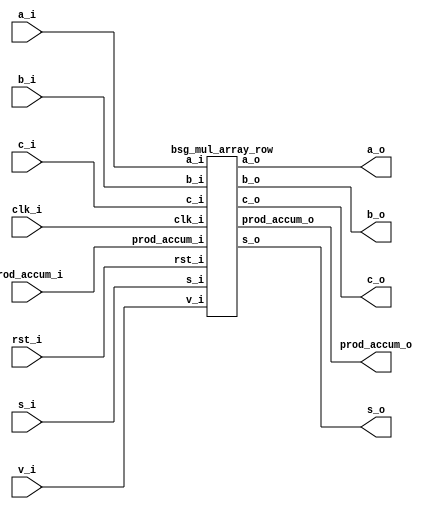


module top
(
  clk_i,
  rst_i,
  v_i,
  a_i,
  b_i,
  s_i,
  c_i,
  prod_accum_i,
  a_o,
  b_o,
  s_o,
  c_o,
  prod_accum_o
);

  input [127:0] a_i;
  input [127:0] b_i;
  input [127:0] s_i;
  input [0:0] prod_accum_i;
  output [127:0] a_o;
  output [127:0] b_o;
  output [127:0] s_o;
  output [1:0] prod_accum_o;
  input clk_i;
  input rst_i;
  input v_i;
  input c_i;
  output c_o;

  bsg_mul_array_row
  wrapper
  (
    .a_i(a_i),
    .b_i(b_i),
    .s_i(s_i),
    .prod_accum_i(prod_accum_i),
    .a_o(a_o),
    .b_o(b_o),
    .s_o(s_o),
    .prod_accum_o(prod_accum_o),
    .clk_i(clk_i),
    .rst_i(rst_i),
    .v_i(v_i),
    .c_i(c_i),
    .c_o(c_o)
  );


endmodule



module bsg_and_width_p128
(
  a_i,
  b_i,
  o
);

  input [127:0] a_i;
  input [127:0] b_i;
  output [127:0] o;
  wire [127:0] o;
  assign o[127] = a_i[127] & b_i[127];
  assign o[126] = a_i[126] & b_i[126];
  assign o[125] = a_i[125] & b_i[125];
  assign o[124] = a_i[124] & b_i[124];
  assign o[123] = a_i[123] & b_i[123];
  assign o[122] = a_i[122] & b_i[122];
  assign o[121] = a_i[121] & b_i[121];
  assign o[120] = a_i[120] & b_i[120];
  assign o[119] = a_i[119] & b_i[119];
  assign o[118] = a_i[118] & b_i[118];
  assign o[117] = a_i[117] & b_i[117];
  assign o[116] = a_i[116] & b_i[116];
  assign o[115] = a_i[115] & b_i[115];
  assign o[114] = a_i[114] & b_i[114];
  assign o[113] = a_i[113] & b_i[113];
  assign o[112] = a_i[112] & b_i[112];
  assign o[111] = a_i[111] & b_i[111];
  assign o[110] = a_i[110] & b_i[110];
  assign o[109] = a_i[109] & b_i[109];
  assign o[108] = a_i[108] & b_i[108];
  assign o[107] = a_i[107] & b_i[107];
  assign o[106] = a_i[106] & b_i[106];
  assign o[105] = a_i[105] & b_i[105];
  assign o[104] = a_i[104] & b_i[104];
  assign o[103] = a_i[103] & b_i[103];
  assign o[102] = a_i[102] & b_i[102];
  assign o[101] = a_i[101] & b_i[101];
  assign o[100] = a_i[100] & b_i[100];
  assign o[99] = a_i[99] & b_i[99];
  assign o[98] = a_i[98] & b_i[98];
  assign o[97] = a_i[97] & b_i[97];
  assign o[96] = a_i[96] & b_i[96];
  assign o[95] = a_i[95] & b_i[95];
  assign o[94] = a_i[94] & b_i[94];
  assign o[93] = a_i[93] & b_i[93];
  assign o[92] = a_i[92] & b_i[92];
  assign o[91] = a_i[91] & b_i[91];
  assign o[90] = a_i[90] & b_i[90];
  assign o[89] = a_i[89] & b_i[89];
  assign o[88] = a_i[88] & b_i[88];
  assign o[87] = a_i[87] & b_i[87];
  assign o[86] = a_i[86] & b_i[86];
  assign o[85] = a_i[85] & b_i[85];
  assign o[84] = a_i[84] & b_i[84];
  assign o[83] = a_i[83] & b_i[83];
  assign o[82] = a_i[82] & b_i[82];
  assign o[81] = a_i[81] & b_i[81];
  assign o[80] = a_i[80] & b_i[80];
  assign o[79] = a_i[79] & b_i[79];
  assign o[78] = a_i[78] & b_i[78];
  assign o[77] = a_i[77] & b_i[77];
  assign o[76] = a_i[76] & b_i[76];
  assign o[75] = a_i[75] & b_i[75];
  assign o[74] = a_i[74] & b_i[74];
  assign o[73] = a_i[73] & b_i[73];
  assign o[72] = a_i[72] & b_i[72];
  assign o[71] = a_i[71] & b_i[71];
  assign o[70] = a_i[70] & b_i[70];
  assign o[69] = a_i[69] & b_i[69];
  assign o[68] = a_i[68] & b_i[68];
  assign o[67] = a_i[67] & b_i[67];
  assign o[66] = a_i[66] & b_i[66];
  assign o[65] = a_i[65] & b_i[65];
  assign o[64] = a_i[64] & b_i[64];
  assign o[63] = a_i[63] & b_i[63];
  assign o[62] = a_i[62] & b_i[62];
  assign o[61] = a_i[61] & b_i[61];
  assign o[60] = a_i[60] & b_i[60];
  assign o[59] = a_i[59] & b_i[59];
  assign o[58] = a_i[58] & b_i[58];
  assign o[57] = a_i[57] & b_i[57];
  assign o[56] = a_i[56] & b_i[56];
  assign o[55] = a_i[55] & b_i[55];
  assign o[54] = a_i[54] & b_i[54];
  assign o[53] = a_i[53] & b_i[53];
  assign o[52] = a_i[52] & b_i[52];
  assign o[51] = a_i[51] & b_i[51];
  assign o[50] = a_i[50] & b_i[50];
  assign o[49] = a_i[49] & b_i[49];
  assign o[48] = a_i[48] & b_i[48];
  assign o[47] = a_i[47] & b_i[47];
  assign o[46] = a_i[46] & b_i[46];
  assign o[45] = a_i[45] & b_i[45];
  assign o[44] = a_i[44] & b_i[44];
  assign o[43] = a_i[43] & b_i[43];
  assign o[42] = a_i[42] & b_i[42];
  assign o[41] = a_i[41] & b_i[41];
  assign o[40] = a_i[40] & b_i[40];
  assign o[39] = a_i[39] & b_i[39];
  assign o[38] = a_i[38] & b_i[38];
  assign o[37] = a_i[37] & b_i[37];
  assign o[36] = a_i[36] & b_i[36];
  assign o[35] = a_i[35] & b_i[35];
  assign o[34] = a_i[34] & b_i[34];
  assign o[33] = a_i[33] & b_i[33];
  assign o[32] = a_i[32] & b_i[32];
  assign o[31] = a_i[31] & b_i[31];
  assign o[30] = a_i[30] & b_i[30];
  assign o[29] = a_i[29] & b_i[29];
  assign o[28] = a_i[28] & b_i[28];
  assign o[27] = a_i[27] & b_i[27];
  assign o[26] = a_i[26] & b_i[26];
  assign o[25] = a_i[25] & b_i[25];
  assign o[24] = a_i[24] & b_i[24];
  assign o[23] = a_i[23] & b_i[23];
  assign o[22] = a_i[22] & b_i[22];
  assign o[21] = a_i[21] & b_i[21];
  assign o[20] = a_i[20] & b_i[20];
  assign o[19] = a_i[19] & b_i[19];
  assign o[18] = a_i[18] & b_i[18];
  assign o[17] = a_i[17] & b_i[17];
  assign o[16] = a_i[16] & b_i[16];
  assign o[15] = a_i[15] & b_i[15];
  assign o[14] = a_i[14] & b_i[14];
  assign o[13] = a_i[13] & b_i[13];
  assign o[12] = a_i[12] & b_i[12];
  assign o[11] = a_i[11] & b_i[11];
  assign o[10] = a_i[10] & b_i[10];
  assign o[9] = a_i[9] & b_i[9];
  assign o[8] = a_i[8] & b_i[8];
  assign o[7] = a_i[7] & b_i[7];
  assign o[6] = a_i[6] & b_i[6];
  assign o[5] = a_i[5] & b_i[5];
  assign o[4] = a_i[4] & b_i[4];
  assign o[3] = a_i[3] & b_i[3];
  assign o[2] = a_i[2] & b_i[2];
  assign o[1] = a_i[1] & b_i[1];
  assign o[0] = a_i[0] & b_i[0];

endmodule



module bsg_adder_ripple_carry_width_p128
(
  a_i,
  b_i,
  s_o,
  c_o
);

  input [127:0] a_i;
  input [127:0] b_i;
  output [127:0] s_o;
  output c_o;
  wire [127:0] s_o;
  wire c_o;
  assign { c_o, s_o } = a_i + b_i;

endmodule



module bsg_mul_array_row
(
  clk_i,
  rst_i,
  v_i,
  a_i,
  b_i,
  s_i,
  c_i,
  prod_accum_i,
  a_o,
  b_o,
  s_o,
  c_o,
  prod_accum_o
);

  input [127:0] a_i;
  input [127:0] b_i;
  input [127:0] s_i;
  input [0:0] prod_accum_i;
  output [127:0] a_o;
  output [127:0] b_o;
  output [127:0] s_o;
  output [1:0] prod_accum_o;
  input clk_i;
  input rst_i;
  input v_i;
  input c_i;
  output c_o;
  wire N0,N1,pc,N2,N3,N4,N5,N6,N7,N8,N9,N10,N11,N12,N13,N14,N15,N16,N17,N18,N19,N20,
  N21,N22,N23,N24,N25,N26,N27,N28,N29,N30,N31,N32,N33,N34,N35,N36,N37,N38,N39,N40,
  N41,N42,N43,N44,N45,N46,N47,N48,N49,N50,N51,N52,N53,N54,N55,N56,N57,N58,N59,N60,
  N61,N62,N63,N64,N65,N66,N67,N68,N69,N70,N71,N72,N73,N74,N75,N76,N77,N78,N79,N80,
  N81,N82,N83,N84,N85,N86,N87,N88,N89,N90,N91,N92,N93,N94,N95,N96,N97,N98,N99,N100,
  N101,N102,N103,N104,N105,N106,N107,N108,N109,N110,N111,N112,N113,N114,N115,N116,
  N117,N118,N119,N120,N121,N122,N123,N124,N125,N126,N127,N128,N129,N130,N131,N132,
  N133,N134,N135,N136,N137,N138,N139,N140,N141,N142,N143,N144,N145,N146,N147,N148,
  N149,N150,N151,N152,N153,N154,N155,N156,N157,N158,N159,N160,N161,N162,N163,N164,
  N165,N166,N167,N168,N169,N170,N171,N172,N173,N174,N175,N176,N177,N178,N179,N180,
  N181,N182,N183,N184,N185,N186,N187,N188,N189,N190,N191,N192,N193,N194,N195,N196,
  N197,N198,N199,N200,N201,N202,N203,N204,N205,N206,N207,N208,N209,N210,N211,N212,
  N213,N214,N215,N216,N217,N218,N219,N220,N221,N222,N223,N224,N225,N226,N227,N228,
  N229,N230,N231,N232,N233,N234,N235,N236,N237,N238,N239,N240,N241,N242,N243,N244,
  N245,N246,N247,N248,N249,N250,N251,N252,N253,N254,N255,N256,N257,N258,N259,N260,
  N261,N262,N263,N264,N265,N266,N267,N268,N269,N270,N271,N272,N273,N274,N275,N276,
  N277,N278,N279,N280,N281,N282,N283,N284,N285,N286,N287,N288,N289,N290,N291,N292,
  N293,N294,N295,N296,N297,N298,N299,N300,N301,N302,N303,N304,N305,N306,N307,N308,
  N309,N310,N311,N312,N313,N314,N315,N316,N317,N318,N319,N320,N321,N322,N323,N324,
  N325,N326,N327,N328,N329,N330,N331,N332,N333,N334,N335,N336,N337,N338,N339,N340,
  N341,N342,N343,N344,N345,N346,N347,N348,N349,N350,N351,N352,N353,N354,N355,N356,
  N357,N358,N359,N360,N361,N362,N363,N364,N365,N366,N367,N368,N369,N370,N371,N372,
  N373,N374,N375,N376,N377,N378,N379,N380,N381,N382,N383,N384,N385,N386,N387,N388,
  N389,N390,N391,N392,N393,N394,N395,N396,N397,N398;
  wire [127:0] pp,ps;
  reg [1:0] prod_accum_o;
  reg [127:0] a_o,b_o,s_o;
  reg c_o;

  bsg_and_width_p128
  and0
  (
    .a_i(a_i),
    .b_i({ b_i[1:1], b_i[1:1], b_i[1:1], b_i[1:1], b_i[1:1], b_i[1:1], b_i[1:1], b_i[1:1], b_i[1:1], b_i[1:1], b_i[1:1], b_i[1:1], b_i[1:1], b_i[1:1], b_i[1:1], b_i[1:1], b_i[1:1], b_i[1:1], b_i[1:1], b_i[1:1], b_i[1:1], b_i[1:1], b_i[1:1], b_i[1:1], b_i[1:1], b_i[1:1], b_i[1:1], b_i[1:1], b_i[1:1], b_i[1:1], b_i[1:1], b_i[1:1], b_i[1:1], b_i[1:1], b_i[1:1], b_i[1:1], b_i[1:1], b_i[1:1], b_i[1:1], b_i[1:1], b_i[1:1], b_i[1:1], b_i[1:1], b_i[1:1], b_i[1:1], b_i[1:1], b_i[1:1], b_i[1:1], b_i[1:1], b_i[1:1], b_i[1:1], b_i[1:1], b_i[1:1], b_i[1:1], b_i[1:1], b_i[1:1], b_i[1:1], b_i[1:1], b_i[1:1], b_i[1:1], b_i[1:1], b_i[1:1], b_i[1:1], b_i[1:1], b_i[1:1], b_i[1:1], b_i[1:1], b_i[1:1], b_i[1:1], b_i[1:1], b_i[1:1], b_i[1:1], b_i[1:1], b_i[1:1], b_i[1:1], b_i[1:1], b_i[1:1], b_i[1:1], b_i[1:1], b_i[1:1], b_i[1:1], b_i[1:1], b_i[1:1], b_i[1:1], b_i[1:1], b_i[1:1], b_i[1:1], b_i[1:1], b_i[1:1], b_i[1:1], b_i[1:1], b_i[1:1], b_i[1:1], b_i[1:1], b_i[1:1], b_i[1:1], b_i[1:1], b_i[1:1], b_i[1:1], b_i[1:1], b_i[1:1], b_i[1:1], b_i[1:1], b_i[1:1], b_i[1:1], b_i[1:1], b_i[1:1], b_i[1:1], b_i[1:1], b_i[1:1], b_i[1:1], b_i[1:1], b_i[1:1], b_i[1:1], b_i[1:1], b_i[1:1], b_i[1:1], b_i[1:1], b_i[1:1], b_i[1:1], b_i[1:1], b_i[1:1], b_i[1:1], b_i[1:1], b_i[1:1], b_i[1:1], b_i[1:1], b_i[1:1] }),
    .o(pp)
  );


  bsg_adder_ripple_carry_width_p128
  adder0
  (
    .a_i(pp),
    .b_i({ c_i, s_i[127:1] }),
    .s_o(ps),
    .c_o(pc)
  );

  assign { N130, N129, N128, N127, N126, N125, N124, N123, N122, N121, N120, N119, N118, N117, N116, N115, N114, N113, N112, N111, N110, N109, N108, N107, N106, N105, N104, N103, N102, N101, N100, N99, N98, N97, N96, N95, N94, N93, N92, N91, N90, N89, N88, N87, N86, N85, N84, N83, N82, N81, N80, N79, N78, N77, N76, N75, N74, N73, N72, N71, N70, N69, N68, N67, N66, N65, N64, N63, N62, N61, N60, N59, N58, N57, N56, N55, N54, N53, N52, N51, N50, N49, N48, N47, N46, N45, N44, N43, N42, N41, N40, N39, N38, N37, N36, N35, N34, N33, N32, N31, N30, N29, N28, N27, N26, N25, N24, N23, N22, N21, N20, N19, N18, N17, N16, N15, N14, N13, N12, N11, N10, N9, N8, N7, N6, N5, N4, N3 } = (N0)? { 1'b0, 1'b0, 1'b0, 1'b0, 1'b0, 1'b0, 1'b0, 1'b0, 1'b0, 1'b0, 1'b0, 1'b0, 1'b0, 1'b0, 1'b0, 1'b0, 1'b0, 1'b0, 1'b0, 1'b0, 1'b0, 1'b0, 1'b0, 1'b0, 1'b0, 1'b0, 1'b0, 1'b0, 1'b0, 1'b0, 1'b0, 1'b0, 1'b0, 1'b0, 1'b0, 1'b0, 1'b0, 1'b0, 1'b0, 1'b0, 1'b0, 1'b0, 1'b0, 1'b0, 1'b0, 1'b0, 1'b0, 1'b0, 1'b0, 1'b0, 1'b0, 1'b0, 1'b0, 1'b0, 1'b0, 1'b0, 1'b0, 1'b0, 1'b0, 1'b0, 1'b0, 1'b0, 1'b0, 1'b0, 1'b0, 1'b0, 1'b0, 1'b0, 1'b0, 1'b0, 1'b0, 1'b0, 1'b0, 1'b0, 1'b0, 1'b0, 1'b0, 1'b0, 1'b0, 1'b0, 1'b0, 1'b0, 1'b0, 1'b0, 1'b0, 1'b0, 1'b0, 1'b0, 1'b0, 1'b0, 1'b0, 1'b0, 1'b0, 1'b0, 1'b0, 1'b0, 1'b0, 1'b0, 1'b0, 1'b0, 1'b0, 1'b0, 1'b0, 1'b0, 1'b0, 1'b0, 1'b0, 1'b0, 1'b0, 1'b0, 1'b0, 1'b0, 1'b0, 1'b0, 1'b0, 1'b0, 1'b0, 1'b0, 1'b0, 1'b0, 1'b0, 1'b0, 1'b0, 1'b0, 1'b0, 1'b0, 1'b0, 1'b0 } : 
                                                                                                                                                                                                                                                                                                                                                                                                                                                                                                                                                                                                                                                                                                      (N1)? a_i : 1'b0;
  assign N0 = rst_i;
  assign N1 = N2;
  assign { N258, N257, N256, N255, N254, N253, N252, N251, N250, N249, N248, N247, N246, N245, N244, N243, N242, N241, N240, N239, N238, N237, N236, N235, N234, N233, N232, N231, N230, N229, N228, N227, N226, N225, N224, N223, N222, N221, N220, N219, N218, N217, N216, N215, N214, N213, N212, N211, N210, N209, N208, N207, N206, N205, N204, N203, N202, N201, N200, N199, N198, N197, N196, N195, N194, N193, N192, N191, N190, N189, N188, N187, N186, N185, N184, N183, N182, N181, N180, N179, N178, N177, N176, N175, N174, N173, N172, N171, N170, N169, N168, N167, N166, N165, N164, N163, N162, N161, N160, N159, N158, N157, N156, N155, N154, N153, N152, N151, N150, N149, N148, N147, N146, N145, N144, N143, N142, N141, N140, N139, N138, N137, N136, N135, N134, N133, N132, N131 } = (N0)? { 1'b0, 1'b0, 1'b0, 1'b0, 1'b0, 1'b0, 1'b0, 1'b0, 1'b0, 1'b0, 1'b0, 1'b0, 1'b0, 1'b0, 1'b0, 1'b0, 1'b0, 1'b0, 1'b0, 1'b0, 1'b0, 1'b0, 1'b0, 1'b0, 1'b0, 1'b0, 1'b0, 1'b0, 1'b0, 1'b0, 1'b0, 1'b0, 1'b0, 1'b0, 1'b0, 1'b0, 1'b0, 1'b0, 1'b0, 1'b0, 1'b0, 1'b0, 1'b0, 1'b0, 1'b0, 1'b0, 1'b0, 1'b0, 1'b0, 1'b0, 1'b0, 1'b0, 1'b0, 1'b0, 1'b0, 1'b0, 1'b0, 1'b0, 1'b0, 1'b0, 1'b0, 1'b0, 1'b0, 1'b0, 1'b0, 1'b0, 1'b0, 1'b0, 1'b0, 1'b0, 1'b0, 1'b0, 1'b0, 1'b0, 1'b0, 1'b0, 1'b0, 1'b0, 1'b0, 1'b0, 1'b0, 1'b0, 1'b0, 1'b0, 1'b0, 1'b0, 1'b0, 1'b0, 1'b0, 1'b0, 1'b0, 1'b0, 1'b0, 1'b0, 1'b0, 1'b0, 1'b0, 1'b0, 1'b0, 1'b0, 1'b0, 1'b0, 1'b0, 1'b0, 1'b0, 1'b0, 1'b0, 1'b0, 1'b0, 1'b0, 1'b0, 1'b0, 1'b0, 1'b0, 1'b0, 1'b0, 1'b0, 1'b0, 1'b0, 1'b0, 1'b0, 1'b0, 1'b0, 1'b0, 1'b0, 1'b0, 1'b0, 1'b0 } : 
                                                                                                                                                                                                                                                                                                                                                                                                                                                                                                                                                                                                                                                                                                                                                                                                              (N1)? b_i : 1'b0;
  assign { N386, N385, N384, N383, N382, N381, N380, N379, N378, N377, N376, N375, N374, N373, N372, N371, N370, N369, N368, N367, N366, N365, N364, N363, N362, N361, N360, N359, N358, N357, N356, N355, N354, N353, N352, N351, N350, N349, N348, N347, N346, N345, N344, N343, N342, N341, N340, N339, N338, N337, N336, N335, N334, N333, N332, N331, N330, N329, N328, N327, N326, N325, N324, N323, N322, N321, N320, N319, N318, N317, N316, N315, N314, N313, N312, N311, N310, N309, N308, N307, N306, N305, N304, N303, N302, N301, N300, N299, N298, N297, N296, N295, N294, N293, N292, N291, N290, N289, N288, N287, N286, N285, N284, N283, N282, N281, N280, N279, N278, N277, N276, N275, N274, N273, N272, N271, N270, N269, N268, N267, N266, N265, N264, N263, N262, N261, N260, N259 } = (N0)? { 1'b0, 1'b0, 1'b0, 1'b0, 1'b0, 1'b0, 1'b0, 1'b0, 1'b0, 1'b0, 1'b0, 1'b0, 1'b0, 1'b0, 1'b0, 1'b0, 1'b0, 1'b0, 1'b0, 1'b0, 1'b0, 1'b0, 1'b0, 1'b0, 1'b0, 1'b0, 1'b0, 1'b0, 1'b0, 1'b0, 1'b0, 1'b0, 1'b0, 1'b0, 1'b0, 1'b0, 1'b0, 1'b0, 1'b0, 1'b0, 1'b0, 1'b0, 1'b0, 1'b0, 1'b0, 1'b0, 1'b0, 1'b0, 1'b0, 1'b0, 1'b0, 1'b0, 1'b0, 1'b0, 1'b0, 1'b0, 1'b0, 1'b0, 1'b0, 1'b0, 1'b0, 1'b0, 1'b0, 1'b0, 1'b0, 1'b0, 1'b0, 1'b0, 1'b0, 1'b0, 1'b0, 1'b0, 1'b0, 1'b0, 1'b0, 1'b0, 1'b0, 1'b0, 1'b0, 1'b0, 1'b0, 1'b0, 1'b0, 1'b0, 1'b0, 1'b0, 1'b0, 1'b0, 1'b0, 1'b0, 1'b0, 1'b0, 1'b0, 1'b0, 1'b0, 1'b0, 1'b0, 1'b0, 1'b0, 1'b0, 1'b0, 1'b0, 1'b0, 1'b0, 1'b0, 1'b0, 1'b0, 1'b0, 1'b0, 1'b0, 1'b0, 1'b0, 1'b0, 1'b0, 1'b0, 1'b0, 1'b0, 1'b0, 1'b0, 1'b0, 1'b0, 1'b0, 1'b0, 1'b0, 1'b0, 1'b0, 1'b0, 1'b0 } : 
                                                                                                                                                                                                                                                                                                                                                                                                                                                                                                                                                                                                                                                                                                                                                                                                              (N1)? ps : 1'b0;
  assign N387 = (N0)? 1'b0 : 
                (N1)? pc : 1'b0;
  assign { N389, N388 } = (N0)? { 1'b0, 1'b0 } : 
                          (N1)? { ps[0:0], prod_accum_i[0:0] } : 1'b0;
  assign N2 = ~rst_i;
  assign N390 = ~v_i;
  assign N391 = N390 & N2;
  assign N392 = ~N391;
  assign N393 = N390 & N2;
  assign N394 = ~N393;
  assign N395 = N390 & N2;
  assign N396 = ~N395;
  assign N397 = N390 & N2;
  assign N398 = ~N397;

  always @(posedge clk_i) begin
    if(N392) begin
      { prod_accum_o[1:1] } <= { N389 };
      { s_o[97:0] } <= { N356, N355, N354, N353, N352, N351, N350, N349, N348, N347, N346, N345, N344, N343, N342, N341, N340, N339, N338, N337, N336, N335, N334, N333, N332, N331, N330, N329, N328, N327, N326, N325, N324, N323, N322, N321, N320, N319, N318, N317, N316, N315, N314, N313, N312, N311, N310, N309, N308, N307, N306, N305, N304, N303, N302, N301, N300, N299, N298, N297, N296, N295, N294, N293, N292, N291, N290, N289, N288, N287, N286, N285, N284, N283, N282, N281, N280, N279, N278, N277, N276, N275, N274, N273, N272, N271, N270, N269, N268, N267, N266, N265, N264, N263, N262, N261, N260, N259 };
      c_o <= N387;
    end 
    if(N394) begin
      { prod_accum_o[0:0] } <= { N388 };
      { b_o[68:0] } <= { N199, N198, N197, N196, N195, N194, N193, N192, N191, N190, N189, N188, N187, N186, N185, N184, N183, N182, N181, N180, N179, N178, N177, N176, N175, N174, N173, N172, N171, N170, N169, N168, N167, N166, N165, N164, N163, N162, N161, N160, N159, N158, N157, N156, N155, N154, N153, N152, N151, N150, N149, N148, N147, N146, N145, N144, N143, N142, N141, N140, N139, N138, N137, N136, N135, N134, N133, N132, N131 };
      { s_o[127:98] } <= { N386, N385, N384, N383, N382, N381, N380, N379, N378, N377, N376, N375, N374, N373, N372, N371, N370, N369, N368, N367, N366, N365, N364, N363, N362, N361, N360, N359, N358, N357 };
    end 
    if(N396) begin
      { a_o[127:127], a_o[39:0] } <= { N130, N42, N41, N40, N39, N38, N37, N36, N35, N34, N33, N32, N31, N30, N29, N28, N27, N26, N25, N24, N23, N22, N21, N20, N19, N18, N17, N16, N15, N14, N13, N12, N11, N10, N9, N8, N7, N6, N5, N4, N3 };
      { b_o[127:69] } <= { N258, N257, N256, N255, N254, N253, N252, N251, N250, N249, N248, N247, N246, N245, N244, N243, N242, N241, N240, N239, N238, N237, N236, N235, N234, N233, N232, N231, N230, N229, N228, N227, N226, N225, N224, N223, N222, N221, N220, N219, N218, N217, N216, N215, N214, N213, N212, N211, N210, N209, N208, N207, N206, N205, N204, N203, N202, N201, N200 };
    end 
    if(N398) begin
      { a_o[126:40] } <= { N129, N128, N127, N126, N125, N124, N123, N122, N121, N120, N119, N118, N117, N116, N115, N114, N113, N112, N111, N110, N109, N108, N107, N106, N105, N104, N103, N102, N101, N100, N99, N98, N97, N96, N95, N94, N93, N92, N91, N90, N89, N88, N87, N86, N85, N84, N83, N82, N81, N80, N79, N78, N77, N76, N75, N74, N73, N72, N71, N70, N69, N68, N67, N66, N65, N64, N63, N62, N61, N60, N59, N58, N57, N56, N55, N54, N53, N52, N51, N50, N49, N48, N47, N46, N45, N44, N43 };
    end 
  end


endmodule